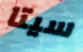
سيتا